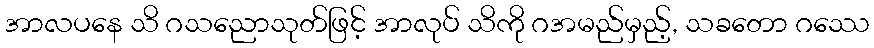
အာလပနေ သိ ဂသညောသုတ်ဖြင့် အာလုပ် သိကို ဂအမည်မှည့်, သခတော ဂဿေ